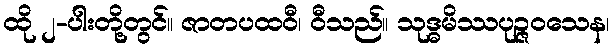
ထို ၂-ပါးတို့တွင်။ ဇာတပထဝီ၊ ဝီသည်။ သုဒ္ဓမိဿပုဉ္ဇဝသေန၊